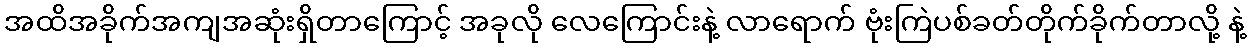
အထိအခိုက်အကျအဆုံးရှိတာကြောင့် အခုလို လေကြောင်းနဲ့ လာရောက် ဗုံးကြဲပစ်ခတ်တိုက်ခိုက်တာလို့ နဲ့